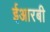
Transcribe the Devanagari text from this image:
ईआरबी